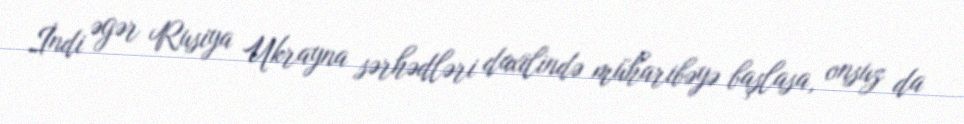
İndi əgər Rusiya Ukrayna sərhədləri daxilində müharibəyə başlasa, onsuz da